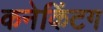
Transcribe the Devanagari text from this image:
कनेकिंटग